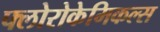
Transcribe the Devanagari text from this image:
फ्लोरोकेमिकल्स